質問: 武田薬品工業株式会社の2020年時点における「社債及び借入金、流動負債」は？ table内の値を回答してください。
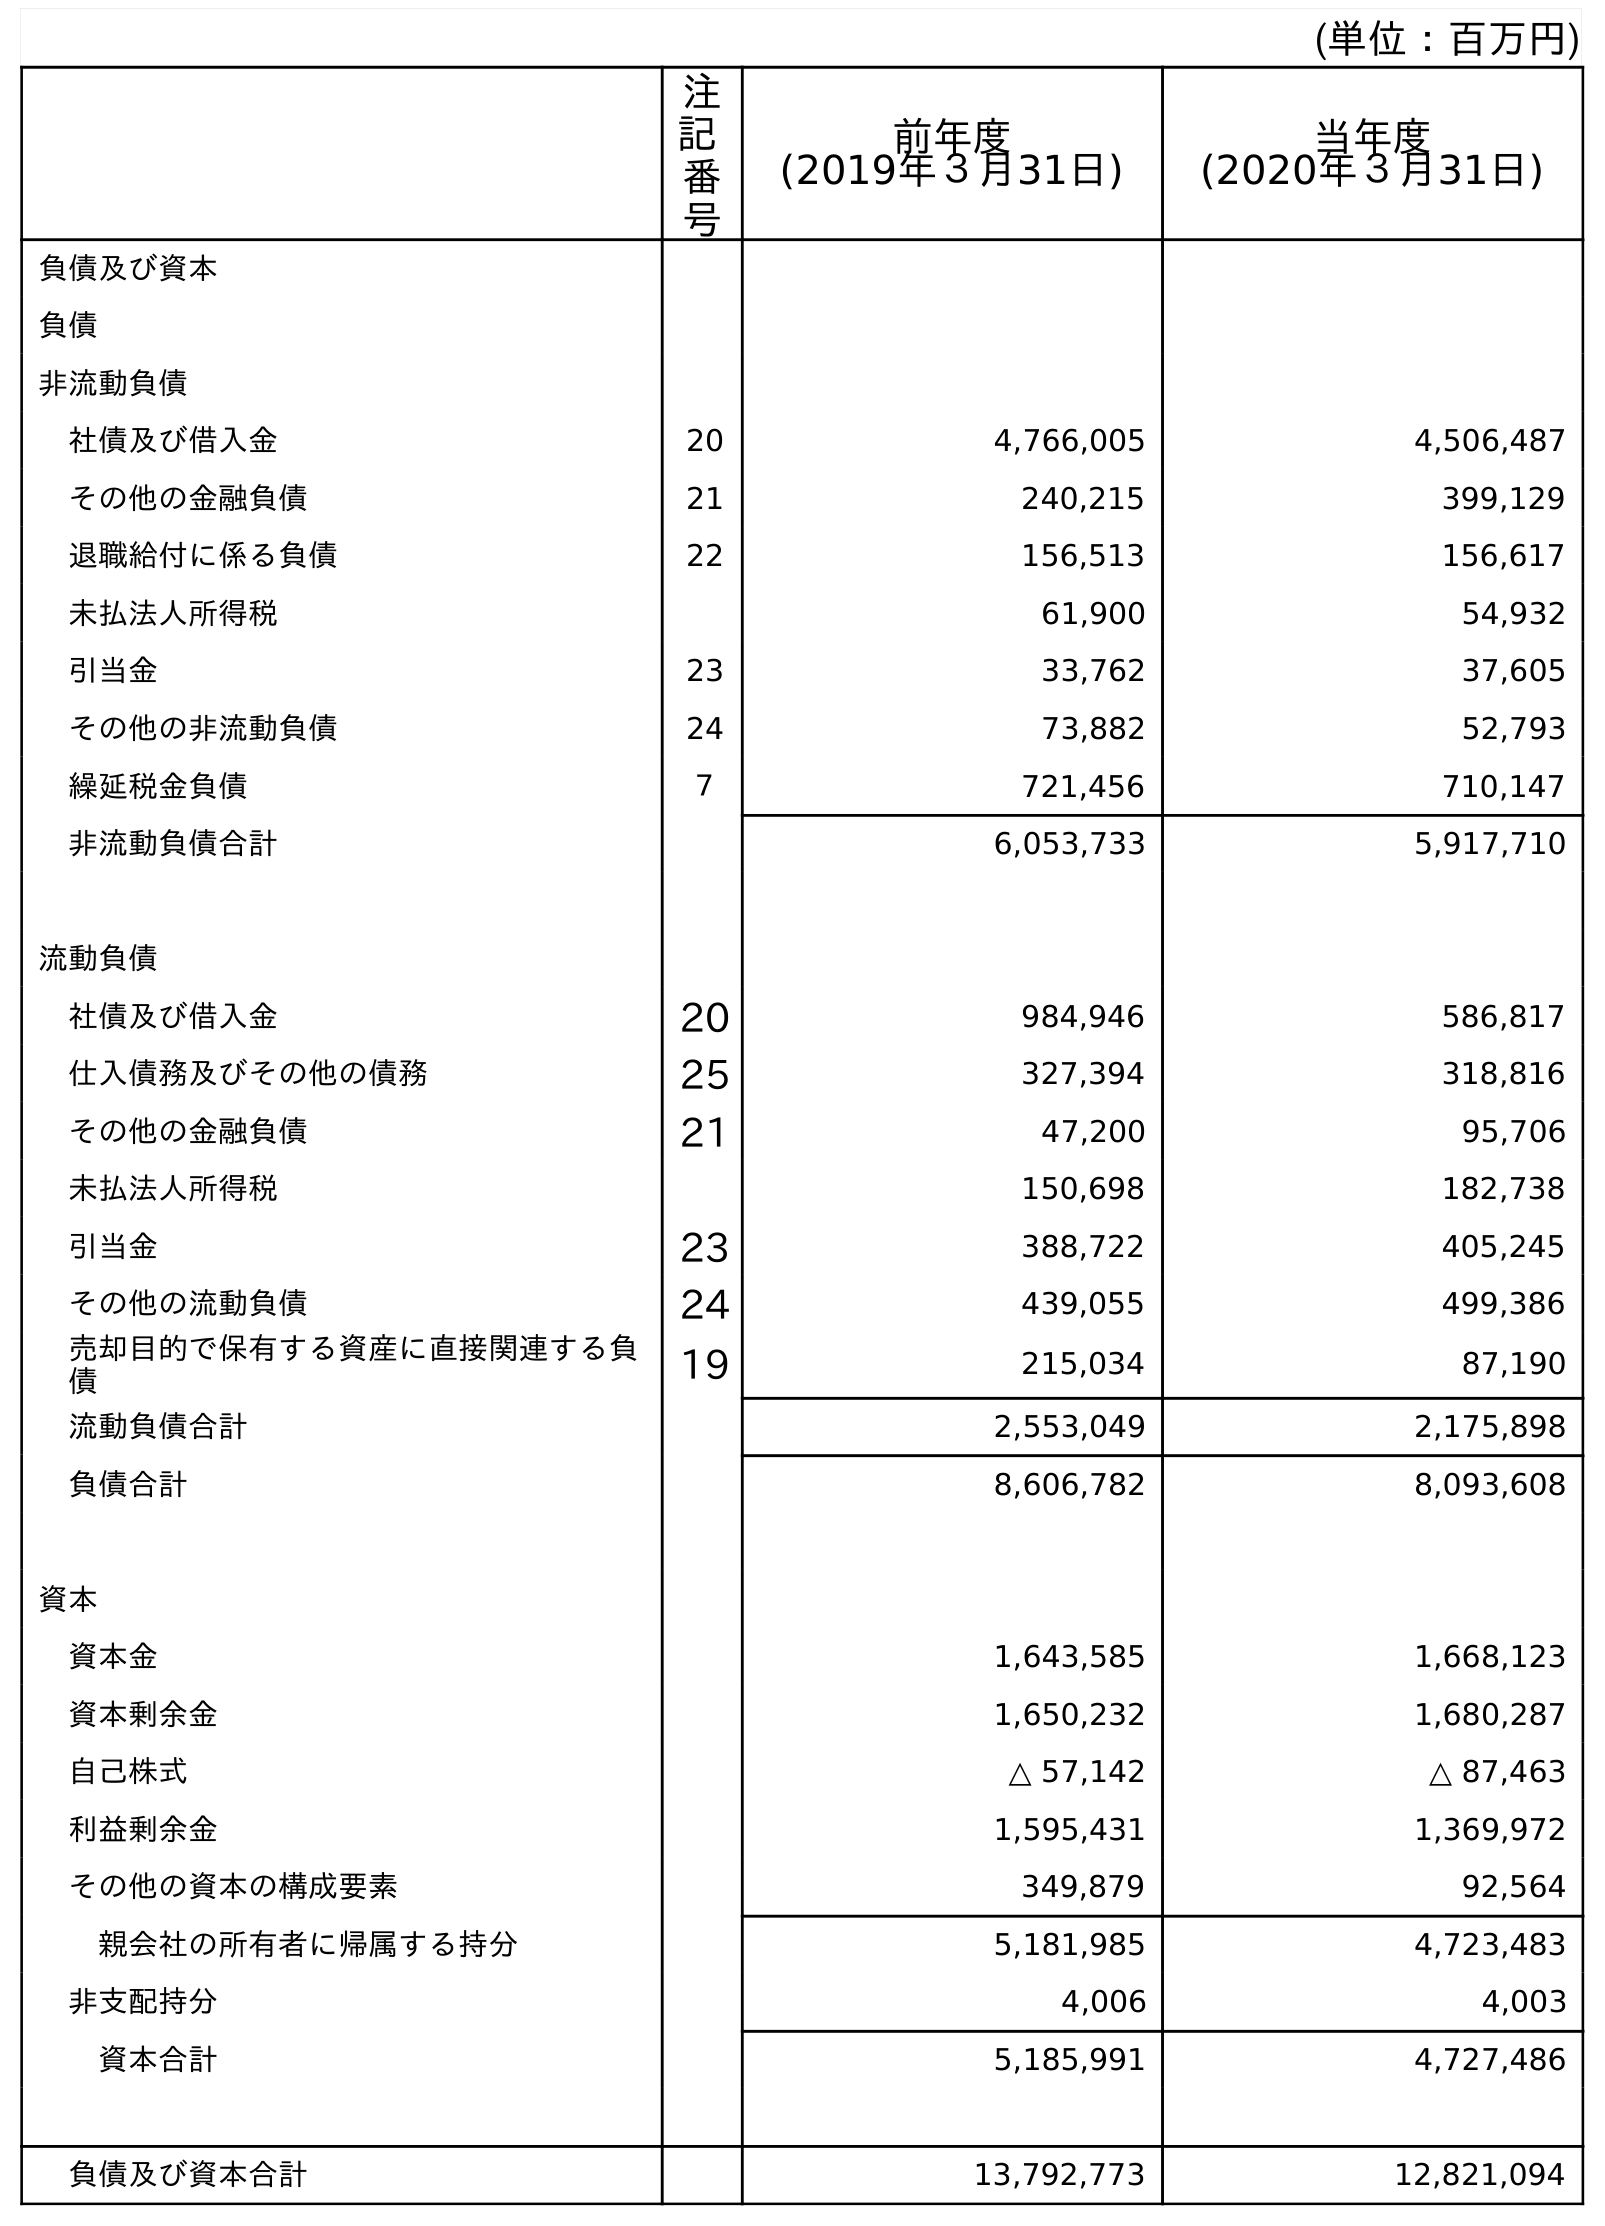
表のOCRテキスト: (単位：百万円) 注 記 番 号 前年度 (2019年３月31日) 当年度 (2020年３月31日) 負債及び資本 負債 非流動負債 社債及び借入金 20 4,766,005 4,506,487 その他の金融負債 21 240,215 399,129 退職給付に係る負債 22 156,513 156,617 未払法人所得税 61,900 54,932 引当金 23 33,762 37,605 その他の非流動負債 24 73,882 52,793 繰延税金負債 ７ 721,456 710,147 非流動負債合計 6,053,733 5,917,710 流動負債 社債及び借入金 20 984,946 586,817 仕入債務及びその他の債務 25 327,394 318,816 その他の金融負債 21 47,200 95,706 未払法人所得税 150,698 182,738 引当金 23 388,722 405,245 その他の流動負債 24 439,055 499,386 売却目的で保有する資産に直接関連する負 債 19 215,034 87,190 流動負債合計 2,553,049 2,175,898 負債合計 8,606,782 8,093,608 資本 資本金 1,643,585 1,668,123 資本剰余金 1,650,232 1,680,287 自己株式 △ 57,142 △ 87,463 利益剰余金 1,595,431 1,369,972 その他の資本の構成要素 349,879 92,564 親会社の所有者に帰属する持分 5,181,985 4,723,483 非支配持分 4,006 4,003 資本合計 5,185,991 4,727,486 負債及び資本合計 13,792,773 12,821,094
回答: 586,817